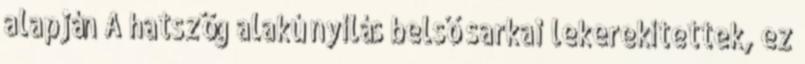
alapján A hatszög alakú nyílás belső sarkai lekerekítettek, ez